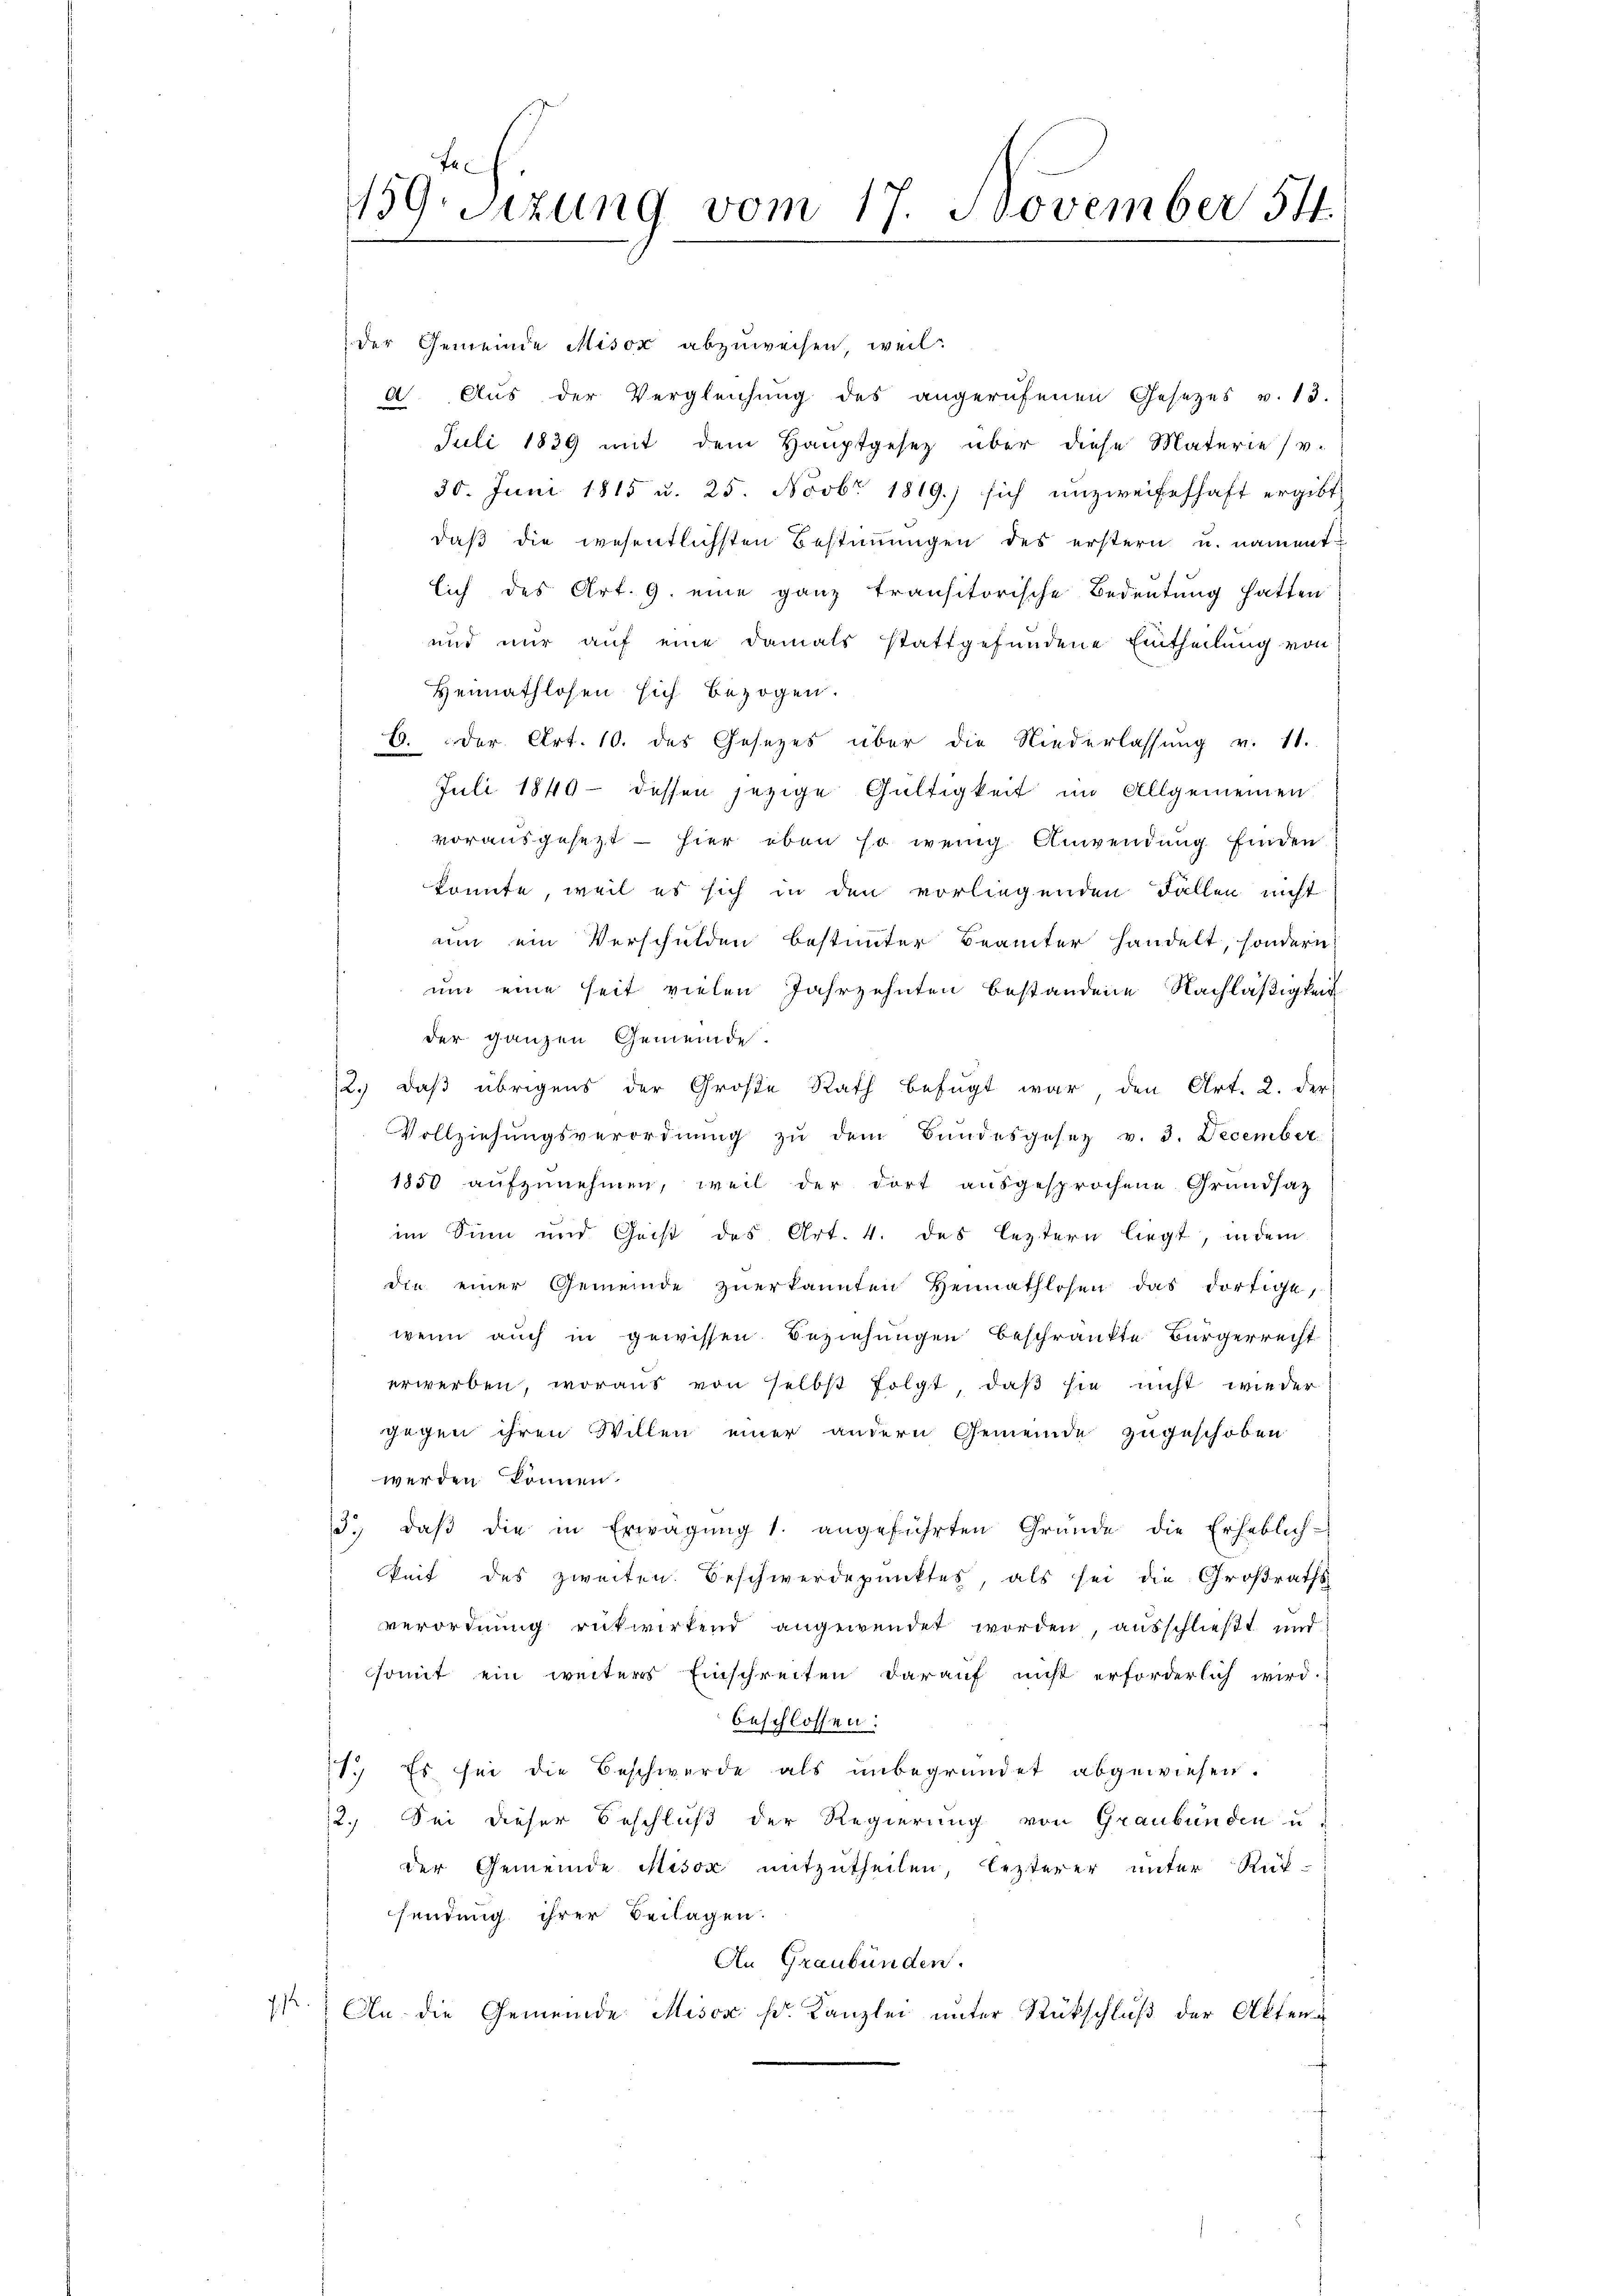
BGrsitzung vom 17. November 54.

der Gemeinde Misox abzuweisen, weil:
a. Aus der Vergleichŭng des angerufenen Gesetzes v. 13.
Juli 1839 mit dem Hauptgesetz über diese Materie (v.
30. Juni 1815 u. 25. Novbr. 1819.) sich unzweifelhaft ergibt
daß die wesentlichsten Bestimmungen des erstern u. nament-
lich des Art. 9. eine ganz transitorische Bedeutung hatten
und nur auf eine damals stattgefundene Eintheilung von
Hennathlosen sich bezogen.
6. der Art. 10. des Gesezes über die Niederlassung v. 11.
Juli 1849 dessen jezige Gültigkeit im Allgemeinen
vorausgesetzt - hier oben so wenig Anwendung finden
konnte, weil es sich in den vorliegenden Fallen nicht
um ein Verschulden bestimmter Beamter handelt, sondern
um eine seit vielen Jahrzehnten bestandene Nachläßigkeit
der ganzen Gemeinde.
12.) Daß übrigens der Große Rath befügt war den Art. 2. der
Vollziehungsverordnung zu dem Bundesgesez v. 3. December
1850 aŭfzŭnehmen, weil der dort ausgesprochene Grundsatz
im Sinn und Geist des Art. 4. des leztern liegt, indem
die einer Gemeinde zŭerkannten Heimathlosen das dortige,
wenn auch in gewissen. Beziehungen beschränkte Bürgerrecht
erwerben, woraus von selbst folgt, daß sie nicht wieder
gegen ihren Willen einer andern Gemeinde zugeschoben
werden können.
3., daβ die in Erwägŭng 1. angeführten Gründe die Erheblich-
keit des zweiten. Beschwerdepunktes, als sei die Großraths
verordnung rükwirkend angewendet worden, ausschließt und
somit ein weiters Einschreiten darauf nicht erforderlich wird.
beschlossen:
71. Es sei die Beschwerde als unbegründet abgewiesen.
2.) Sei dieser Beschluß der Regierung von Graubünden u
der Gemeinde Misox mitzutheilen, lezterer unter Rück-
sendung ihrer Beilagen.
An Graubünden.
.
An die Gemeinde Misox Fr. Kanzlei unter Rückschluß der Akten